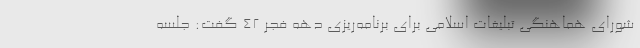
شورای هماهنگی تبلیغات اسلامی برای برنامه‌ریزی دهه فجر ۴۲ گفت: ‌جلسه